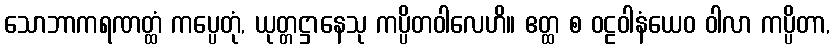
သောဘာကရဏတ္ထံ ကပ္ပေတုံ, ယုတ္တဋ္ဌာနေသု ကပ္ပိတဝါလေဟိ။ ဧတ္ထ စ ဝဠဝါနံယေဝ ဝါလာ ကပ္ပိတာ,